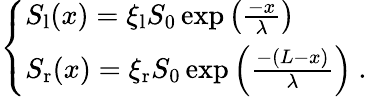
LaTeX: \left\{ \begin{array}{ll}{S_{\textrm{l}}(x)=\xi_{\textrm{l}}S_{\textrm{0}}\exp{\left(\frac{-x}{\lambda}\right)}}\\ {S_{\textrm{r}}(x)=\xi_{\textrm{r}}S_{\textrm{0}}\exp{\left(\frac{-(L-x)}{\lambda}\right)}\ .}\end{array}\right.